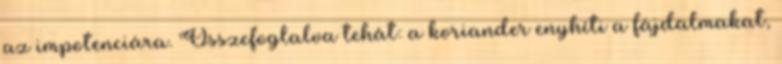
az impotenciára. Összefoglalva tehát: a koriander enyhíti a fájdalmakat,